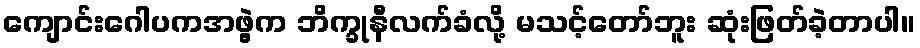
ကျောင်းဂေါပကအဖွဲ့က ဘိက္ခုနီလက်ခံလို့ မသင့်တော်ဘူး ဆုံးဖြတ်ခဲ့တာပါ။